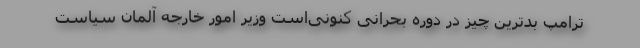
ترامپ بدترین چیز در دوره بحرانی کنونی‌است وزیر امور خارجه آلمان سیاست